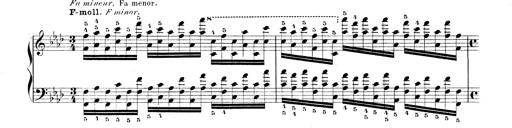
Title: Technische Studien
Composer: Franz Liszt